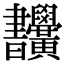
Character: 𣍜